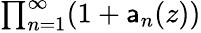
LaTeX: \textstyle{\prod_{n=1}^{\infty}(1+\mathsf{a}_{n}(z))}